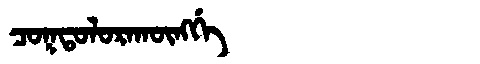
Manchu: ᠴᠣᡴᡨᠣᠯᠣᡵᠠᡴᡡᠩᡤᡝ
Romanization: COKTOLORAKŪNGGE